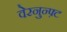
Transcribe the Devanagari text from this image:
वेरनुन्फ़्ट